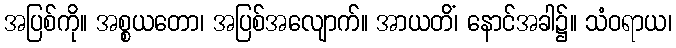
အပြစ်ကို။ အစ္စယတော၊ အပြစ်အလျောက်။ အာယတိံ၊ နောင်အခါ၌။ သံဝရာယ၊